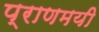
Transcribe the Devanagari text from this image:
प्राणमयी